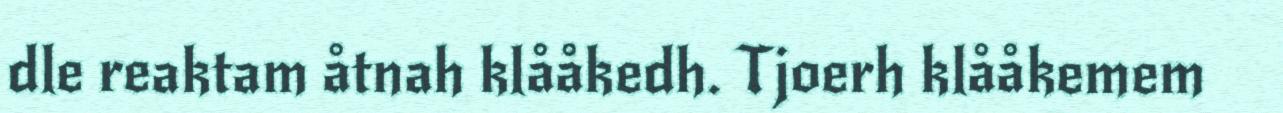
dle reaktam åtnah klååkedh. Tjoerh klååkemem